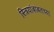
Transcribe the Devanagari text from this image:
स्त्रियांबाबतच्या